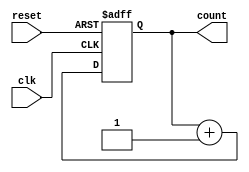
module cascaded_counter #(
    parameter N = 4  // Number of bits (flip-flops)
)(
    input wire clk,         // Clock input
    input wire reset,       // Asynchronous reset
    output reg [N-1:0] count // Output count
);

// Always block for the counter logic
always @(posedge clk or posedge reset) begin
    if (reset) begin
        count <= 0; // Reset count to 0
    end else begin
        count <= count + 1; // Increment count on clock pulse
    end
end

endmodule